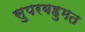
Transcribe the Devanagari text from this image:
सुपरबहुमत